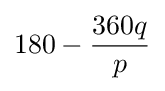
180-{\frac {360q}{p}}